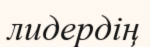
лидердің